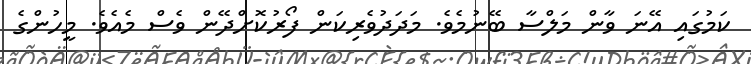
ކަމުގައި އޭނަ ވާން މަލްސާ ބޭނުމެވެ. މަދަދުވެރިކަން ފޯރުކޮށްދޭން ވެސް މެއެވެ. މީހުންގެ